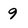
Character: 9